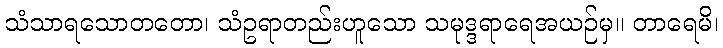
သံသာရသောတတော၊ သံဥရာတည်းဟူသော သမုဒ္ဒရာရေအယဉ်မှ။ တာရေမိ၊